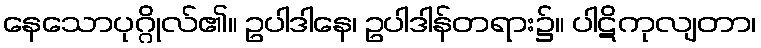
နေသောပုဂ္ဂိုလ်၏။ ဥပါဒါနေ၊ ဥပါဒါန်တရား၌။ ပါဋိကုလျတာ၊